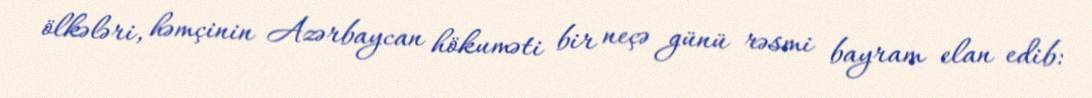
ölkələri, həmçinin Azərbaycan hökuməti bir neçə günü rəsmi bayram elan edib: